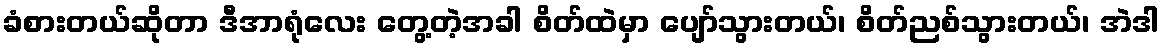
ခံစားတယ်ဆိုတာ ဒီအာရုံလေး တွေ့တဲ့အခါ စိတ်ထဲမှာ ပျော်သွားတယ်၊ စိတ်ညစ်သွားတယ်၊ အဲဒါ